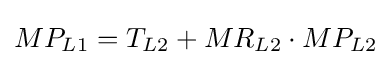
MP_{L1}=T_{L2}+MR_{L2}\cdot MP_{L2}